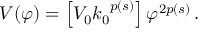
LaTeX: V ( \varphi ) = \left[ V _ { 0 } { k _ { 0 } } ^ { p ( s ) } \right] { \varphi } ^ { 2 p ( s ) } \, .